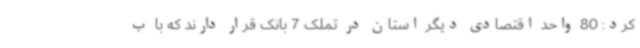
کرد: 80 واحد اقتصادی دیگر استان در تملک 7 بانک قرار دارند که با ب